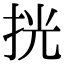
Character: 挄